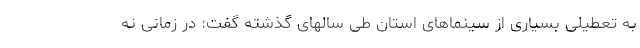
به تعطیلی بسیاری از سینماهای استان طی سالهای گذشته گفت: در زمانی نه